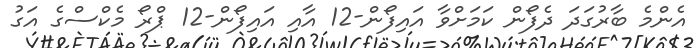
އެންމެ ބާރުގަދަ ދެފޯން ކަމަށްވާ އައިފޯން-12 އާއި އައިފޯން-12 ޕްރޯ މެކްސްގެ އަގު